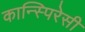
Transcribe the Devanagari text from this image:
कान्स्पिरेसी